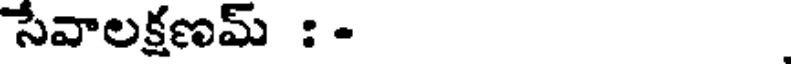
సేవాలక్షణమ్ : -